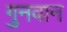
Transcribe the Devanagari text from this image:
गुनवान